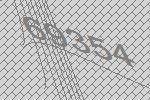
69354